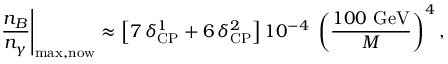
\left. \frac { n _ { B } } { n _ { \gamma } } \right| _ { \mathrm { m a x , n o w } } \approx \left[ 7 \, \delta _ { \mathrm { C P } } ^ { 1 } + 6 \, \delta _ { \mathrm { C P } } ^ { 2 } \right] 1 0 ^ { - 4 } \; \left( \frac { 1 0 0 \mathrm { ~ G e V } } { M } \right) ^ { 4 } ,